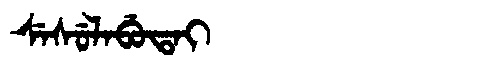
Manchu: ᠰᡝᠰᡠᠯᠠᠪᡠᡨᠠᡳ
Romanization: SESULABUTAI